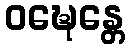
ဝဍ္ဎေန္တေ